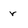
Character: r